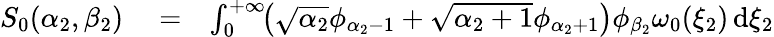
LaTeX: \begin{array}{rlr}{S_{0}(\alpha_{2},\beta_{2})}&{{}=}&{\int_{0}^{+\infty}\! \! \left(\sqrt{\alpha_{2}}\phi_{\alpha_{2}-1}+\sqrt{\alpha_{2}+1}\phi_{\alpha_{2}+1}\right)\phi_{\beta_{2}}\omega_{0}(\xi_{2})\, \mathrm{d}\xi_{2}}\end{array}